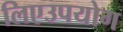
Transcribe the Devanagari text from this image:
लिएउपयोग